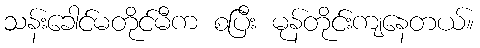
သန်းခေါင်မတိုင်မီက စပြီး မုန်တိုင်းကျနေတယ်။